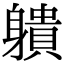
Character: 䠿